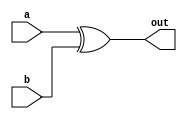
`timescale 1ns / 1ps
//////////////////////////////////////////////////////////////////////////////////
// Company: 
// Engineer: 
// 
// Design Name: 
// Module Name: xor_fd
// Project Name: 
// Target Devices: 
// Tool Versions: 
// Description: 
// 
// Dependencies: 
// 
// Revision:
// Revision 0.01 - File Created
// Additional Comments:
// 
//////////////////////////////////////////////////////////////////////////////////


module xor_fd(output out, input a, input b);
    assign out = a ^ b;
endmodule